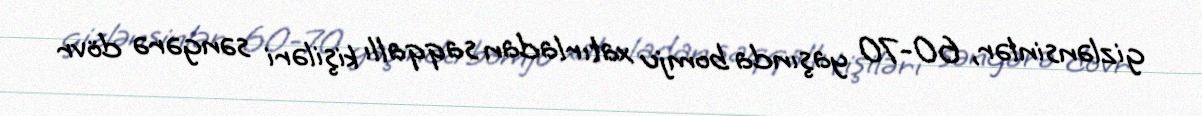
gizlənsinlər, 60-70 yaşında bomju xatırladan saqqallı kişiləri səngərə dövr